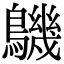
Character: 𪅹